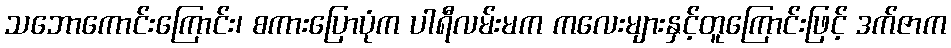
သဘောကောင်းကြောင်း၊ စကားပြောပုံက ပါရီလမ်းမက ကလေးများနှင့်တူကြောင်းဖြင့် ဒက်ဇာက